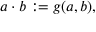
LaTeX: a \cdot b : = g ( a , b ) ,